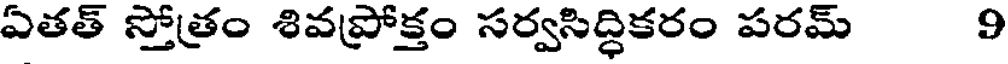
ఏతత్ స్తోత్రం శివప్రోక్తం సర్వసిద్ధికరం పరమ్ 9